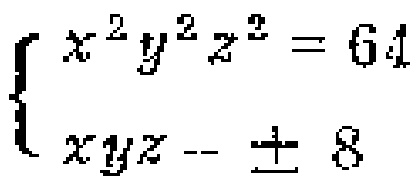
$\begin{cases}
x^{2}y^{2}z^{2}=64\\
xyz = \pm8
\end{cases}$